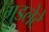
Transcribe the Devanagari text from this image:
गुडलेटे